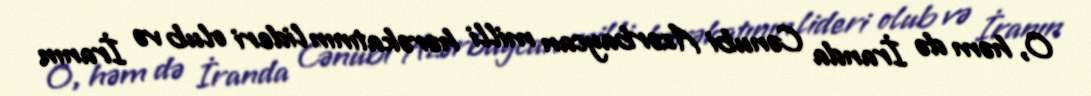
O, həm də İranda Cənubi Azərbaycan milli hərəkatının lideri olub və İranın